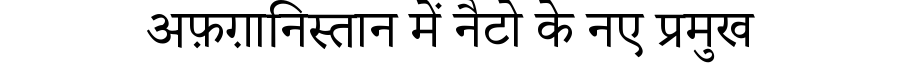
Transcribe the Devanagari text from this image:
अफ़ग़ानिस्तान में नैटो के नए प्रमुख